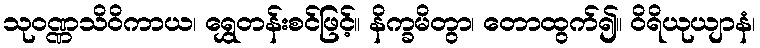
သုဝဏ္ဏသိဝိကာယ၊ ရွှေတန်းစင်ဖြင့်။ နိက္ခမိတွာ၊ တောထွက်၍။ ဝိရိယုယျာနံ၊